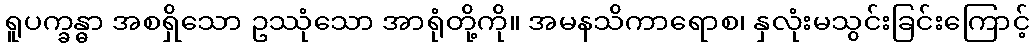
ရူပက္ခန္ဓာ အစရှိသော ဥဿုံသော အာရုံတို့ကို။ အမနသိကာရောစ၊ နှလုံးမသွင်းခြင်းကြောင့်